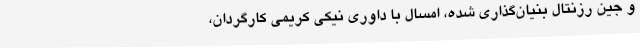
و جین رزنتال بنیان‌گذاری شده، امسال با داوری نیکی کریمی کارگردان،